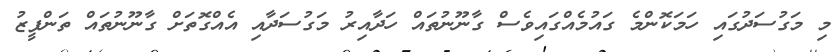
މި މަގުސަދުގައި ހަމަކޮންމެ ގައުމެއްގައިވެސް ގާނޫނުތައް ހަދާއިރު މަގުސަދާއި އެއްގޮތަށް ގާނޫނުތައް ތަންފީޒު